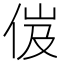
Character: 𠈶